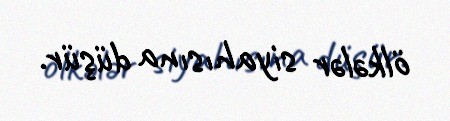
ölkələr siyahısına düşür.